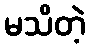
မသိတဲ့